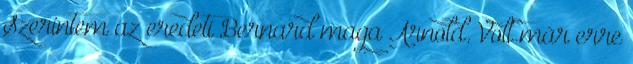
Szerintem az eredeti Bernard maga Arnold. Volt már erre